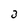
Character: 3